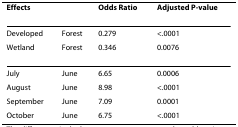
| <COLSPAN=2> Effects | Odds Ratio | Adjusted P-value |
 | --- | --- | --- | --- |
 | Developed | Forest | 0.279 | <.0001 |
 | Wetland | Forest | 0.346 | 0.0076 |
 | July | June | 6.65 | 0.0006 |
 | August | June | 8.98 | <.0001 |
 | September | June | 7.09 | 0.0001 |
 | October | June | 6.75 | <.0001 |